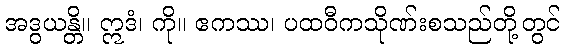
အဒွယန္တိ။ ဣဒံ၊ ကို။ ဧကဿ၊ ပထဝီကသိုဏ်းစသည်တို့တွင်